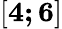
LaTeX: \boldsymbol{\left[4;6\right]}